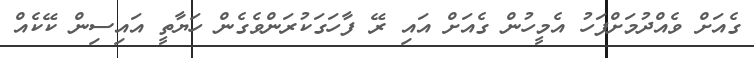
ގެއަށް ވެއްދުމަށްފަހު އެމީހުން ގެއަށް އައި ރޭ ފާހަގަކުރަންވެގެން ހަޔާތީ އައިސިން ކޭކެއް